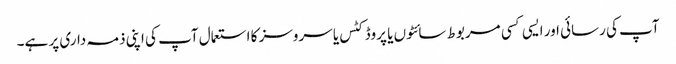
آپ کی رسائی اور ایسی کسی مربوط سائٹوں یا پروڈکٹس یا سروسز کا استعمال آپ کی اپنی ذمہ داری پر ہے۔